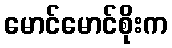
မောင်မောင်စိုးက